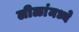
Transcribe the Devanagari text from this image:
लीळांमध्ये